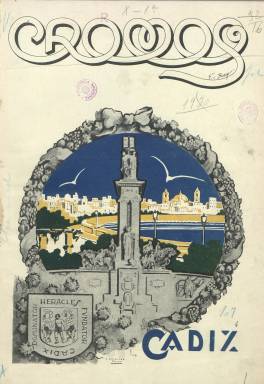
Título: Cromos (Madrid)
Colección: Revistas turísticas y de viajes
Ámbito geográfico: Madrid
Lugar de publicación: Madrid
Fechas: 01/02/1930-31/10/1930

Revista gráfica española, con las indicaciones “comercio, arte, literatura, turismo” en su cabecera, es una serie de entregas casi monográficas dedicadas a provincias españolas, con información sobre quienes ostentan los altos cargos en sus instituciones administrativas y políticas (gobernadores, alcaldes, etc.) y sobre los aspectos comerciales e industriales, pero también artísticos, monumentales, literarios o turísticos, con la inclusión de un buen número de fotograbados con vistas o retratos de personajes, empresarios o profesionales, así como empresas o consorcios, o de festejos y actividades de ocio y deportivas.

Aunque también se indica en su cabecera que es una “publicación mensual”, las cuatro entregas (números 1 a 4) de su colección en la Biblioteca Nacional de España corresponden a los meses de febrero, abril, julio y septiembre-octubre de 1930, respectivamente, conociéndose una quinta entrega, de abril de 1931. Fueron impresas en papel cuché y superan, por lo general, el medio centenar de páginas. Las cubiertas están ocupadas por un dibujo, estampado en cuatricromía, representativo de cada una de las provincias a las que se dedica cada entrega. Su director fue José Galbis Baz y tuvo como administradores a Luis Roldán Estarás y Alberto Bayo, y como redactor-jefe a V. Rivera Rodríguez.

La primera entrega corresponde a Cádiz, con textos sobre el Jockey Club de Jerez de la Frontera, la vieja nobleza andaluza, el puerto, el carnaval, el Centro Mercantil e Industrial, la arqueología gaditana o el Puerto de Santa María, entre otros. La segunda, a Sevilla, con textos sobre los tranvías, la Exposición Íberoamericana, la Base Aérea de Tablada, la pirotecnia militar o el turismo en Écija, entre otros. La tercera entrega está dedicada a Alicante, con textos sobre las industrias alcoyanas, Elda y su grandiosa fábrica de calzados, Albatera, Almoradí, Cox, Elche, Aspe, Santa Pola o Novelda; y la cuarta, a Albacete, con textos relativos también sobre Almansa, Hellín, Villarrobledo, La Roda o Yeste, entre otros.

Además de por Galbis Baz, sus textos son firmados por un largo número de colaboradores. Cada entrega inserta también publicidad comercial, entre la que se encuentra la de empresas de las correspondientes provincias. También, las primeras páginas de algunas de sus entregan están dedicadas a instituciones o consorcios, como es el caso de la Compagnie Générale Aeropostales (número 3) o a la Dirección General de Comunicaciones y a quienes ocupaban sus altos cargos (número 4).